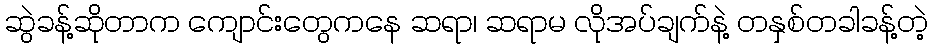
ဆွဲခန့်ဆိုတာက ကျောင်းတွေကနေ ဆရာ၊ ဆရာမ လိုအပ်ချက်နဲ့ တနှစ်တခါခန့်တဲ့